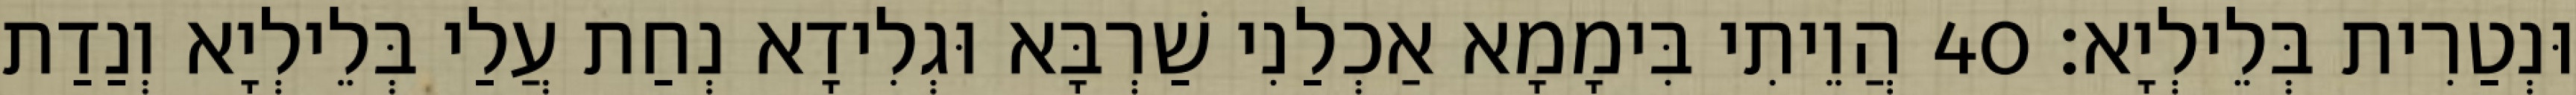
וּנְטַרִית בְּלֵילְיָא׃ 40 הֲוֵיתִי בִּימָמָא אַכְלַנִי שַׁרְבָּא וּגְלִידָא נְחַת עֲלַי בְּלֵילְיָא וְנַדַת